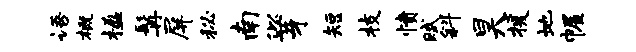
语概楹髯屏秘南似芽短枝愤赋斜昊援地幄